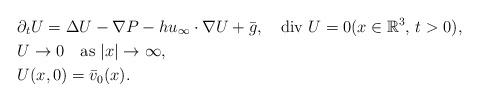
LaTeX: \begin{align*}&\partial_tU=\Delta U-\nabla P-hu_\infty\cdot\nabla U+\bar g,\quad\mbox{div $U$}=0 (x\in\mathbb R^3,\,t>0), \\&U\to 0 \quad\mbox{as $|x|\to\infty$}, \\&U(x,0)=\bar v_0(x).\end{align*}